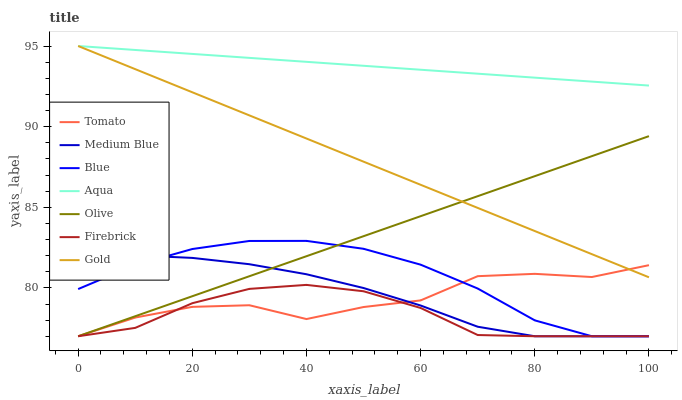
| xaxis_label | Tomato | Medium Blue | Blue | Aqua | Olive | Firebrick | Gold |
 | --- | --- | --- | --- | --- | --- | --- | --- |
 | 0 | 77 | 81.9 | 79.9 | 95 | 77 | 77 | 95 |
 | 10 | 78.2 | 82 | 81.4 | 94.8 | 78.2 | 77.5 | 93.6 |
 | 20 | 78.8 | 81.9 | 82.4 | 94.5 | 79.5 | 79 | 92.1 |
 | 30 | 78.9 | 81.5 | 82.9 | 94.3 | 80.7 | 79.9 | 90.7 |
 | 40 | 78.1 | 80.8 | 82.9 | 94 | 82 | 80.2 | 89.3 |
 | 50 | 78.8 | 80 | 82.4 | 93.8 | 83.2 | 79.8 | 87.8 |
 | 60 | 79.2 | 78.9 | 81.4 | 93.5 | 84.4 | 78.8 | 86.4 |
 | 70 | 80.7 | 77.6 | 80 | 93.3 | 85.7 | 77.1 | 85 |
 | 80 | 80.9 | 77 | 78 | 93 | 86.9 | 77 | 83.5 |
 | 90 | 80.7 | 77 | 77 | 92.8 | 88.2 | 77 | 82.1 |
 | 100 | 81.4 | 77 | 77 | 92.5 | 89.4 | 77 | 80.7 |